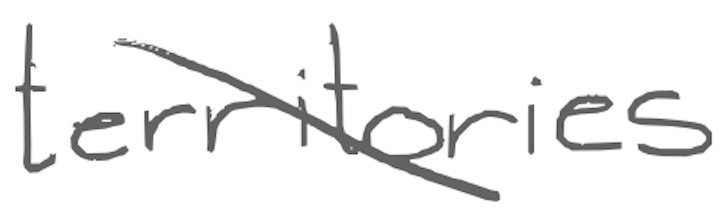
Text: territories
Cross-out: diagonal
Writing tool: digital_gray